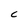
Character: C